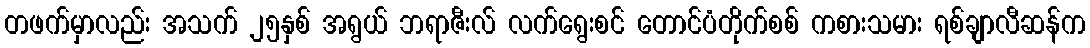
တဖက်မှာလည်း အသက် ၂၅နှစ် အရွယ် ဘရာဇီးလ် လက်ရွေးစင် တောင်ပံတိုက်စစ် ကစားသမား ရစ်ချာလီဆန်က